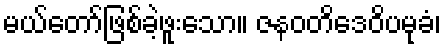
မယ်တော်ဖြစ်ခဲ့ဖူးသော။ ဇနဝတိဒေဝိပမုခံ၊